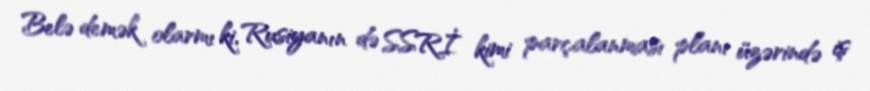
Belə demək olarmı ki, Rusiyanın də SSRİ kimi parçalanması planı üzərində iş